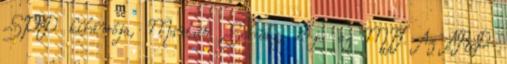
SPD kihívója, Martin Schulz, írja az MTI. Az ARD